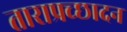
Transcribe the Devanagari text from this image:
ताराप्रच्छादन